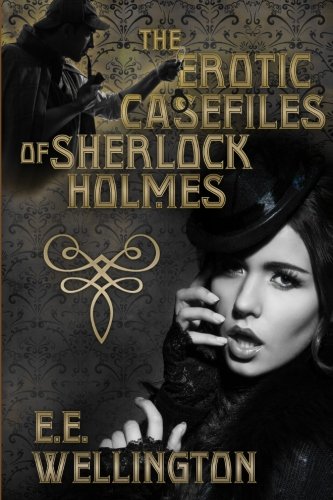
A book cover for The Erotic Case Files of Sherlock Holmes; EE Wellington; Romance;